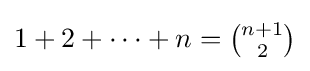
\textstyle {1+2+\cdots +n={\binom {n+1}{2}}}